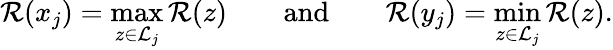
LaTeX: \mathcal{R}(x_{j})=\operatorname*{max}_{z\in{\mathcal{{L}}}_{j}}\mathcal{R}(z)\qquad{\mathrm{{and}}}\qquad\mathcal{R}(y_{j})=\operatorname*{min}_{z\in{\mathcal{{L}}}_{j}}\mathcal{R}(z).